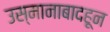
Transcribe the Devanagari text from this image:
उस्मानाबादहून